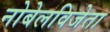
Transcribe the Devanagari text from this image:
नोबेलविजेता